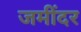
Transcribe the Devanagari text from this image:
जमींदर